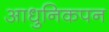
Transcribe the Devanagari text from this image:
आधुनिकपन